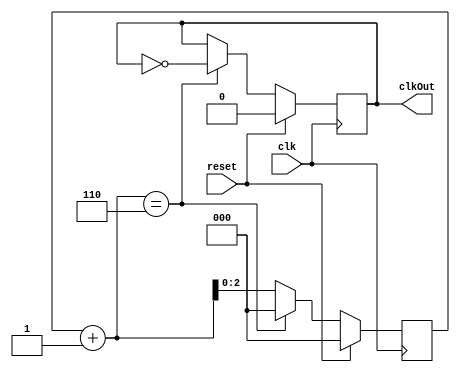
//Faz a diviso do clock
module clk_div 
#( 
parameter WIDTH = 3, //Tamanho do registrador (largura)
parameter N = 6 //Faz a diviso por 12 (6x2)
)
(
    input wire reset,
    input wire clk,
    output wire clkOut
);
 
    reg [WIDTH-1:0] count;
    reg [WIDTH-1:0] nextCount;
    reg clkTrack;
    reg nextCtrack;
    
    always @(negedge clk) begin
        clkTrack <= nextCtrack;
        count <= nextCount;
    end

    always @(*) begin
        if (reset) begin
            nextCount <= 0;
            nextCtrack  <= 1'b0;
        end else if (count + 1 == N) begin
            nextCount <= 0;
            nextCtrack  <= ~clkTrack;
        end else begin
            nextCount <= count + 1;
            nextCtrack  <= clkTrack;
        end
    end
         
    assign clkOut = clkTrack;
    
endmodule